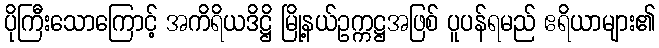
ပိုကြီးသောကြောင့် အကိရိယဒိဋ္ဌိ မြို့နယ်ဥက္ကဋ္ဌအဖြစ် ပူပန်ရမည် ဧရိယာများ၏